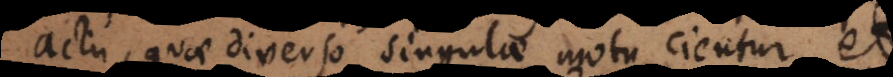
actu, quae diverso singulae motu cientur, et